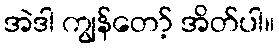
အဲဒါ ကျွန်တော့် အိတ်ပါ။